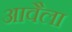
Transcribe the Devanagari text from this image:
आवैला